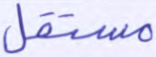
مستقل